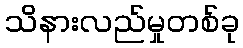
သိနားလည်မှုတစ်ခု